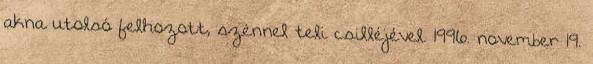
akna utolsó felhozott, szénnel teli csilléjével. 1996. november 19.